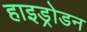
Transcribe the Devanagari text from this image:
हाइड्रोडन